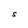
Character: S